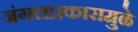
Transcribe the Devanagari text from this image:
जंगलप्रकारामुळे